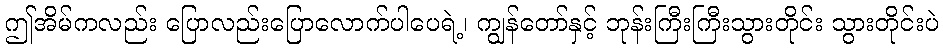
ဤအိမ်ကလည်း ပြောလည်းပြောလောက်ပါပေရဲ့၊ ကျွန်တော်နှင့် ဘုန်းကြီးကြီးသွားတိုင်း သွားတိုင်းပဲ